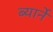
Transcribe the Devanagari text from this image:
ब्यार्ने